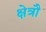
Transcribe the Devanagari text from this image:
क्षेत्रौ